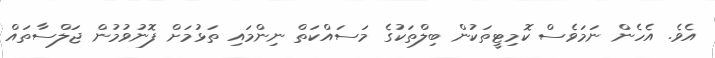
އެވެ. އެހެން ނަމަވެސް ކޮމިޓީތަކުން ބިލްތަކުގެ މަސައްކަތް ނިންމައި ތަޅުމަށް ފޮނުވުމުން ޖަލްސާތައް